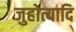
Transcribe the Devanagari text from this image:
जुहोत्यादि